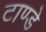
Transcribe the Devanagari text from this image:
टाण्डे